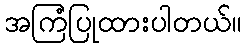
အကြံပြုထားပါတယ်။